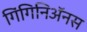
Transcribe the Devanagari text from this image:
गिंगिनिॲनस